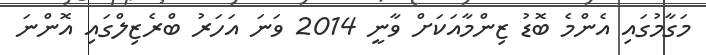
މަގާމުގައި އެންމެ ބޮޑު ޒިންމާއަކަށް ވާނީ 2014 ވަނަ އަހަރު ބްރެޒިލްގައި އޮންނަ